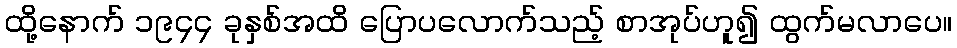
ထို့နောက် ၁၉၄၄ ခုနှစ်အထိ ပြောပလောက်သည့် စာအုပ်ဟူ၍ ထွက်မလာပေ။